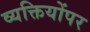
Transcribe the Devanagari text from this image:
व्यक्तियोंपर